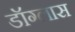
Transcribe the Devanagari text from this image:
डॉग्लास